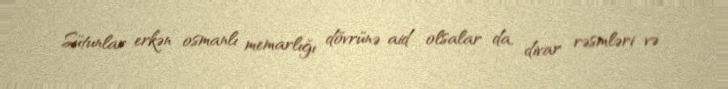
Sütunlar erkən osmanlı memarlığı dövrünə aid olsalar da, divar rəsmləri və